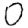
Digit: 0